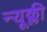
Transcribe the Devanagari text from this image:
न्यूक्ली